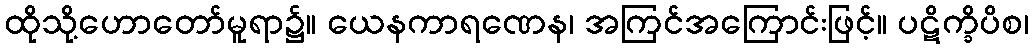
ထိုသို့ဟောတော်မူရာ၌။ ယေနကာရဏေန၊ အကြင်အကြောင်းဖြင့်။ ပဋိက္ခိပိစ၊